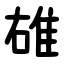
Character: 䧺